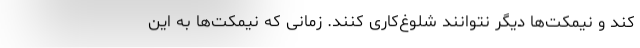
کند و نیمکت‌ها دیگر نتوانند شلوغ‌کاری کنند. زمانی که نیمکت‌ها به این